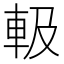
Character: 𨋃